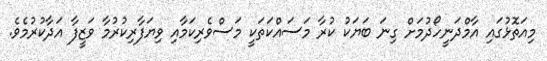
މިއަތޮޅުގައި އާމްދަނީހޯދުމަށް ގިނަ ބަޔަކު ކުރާ މަސައްކަތަކީ މަސްވެރިކަމާއި ވިޔަފާރިކުރުމާ ވަޒީފާ އަދާކުރުމެވެ.